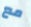
مع